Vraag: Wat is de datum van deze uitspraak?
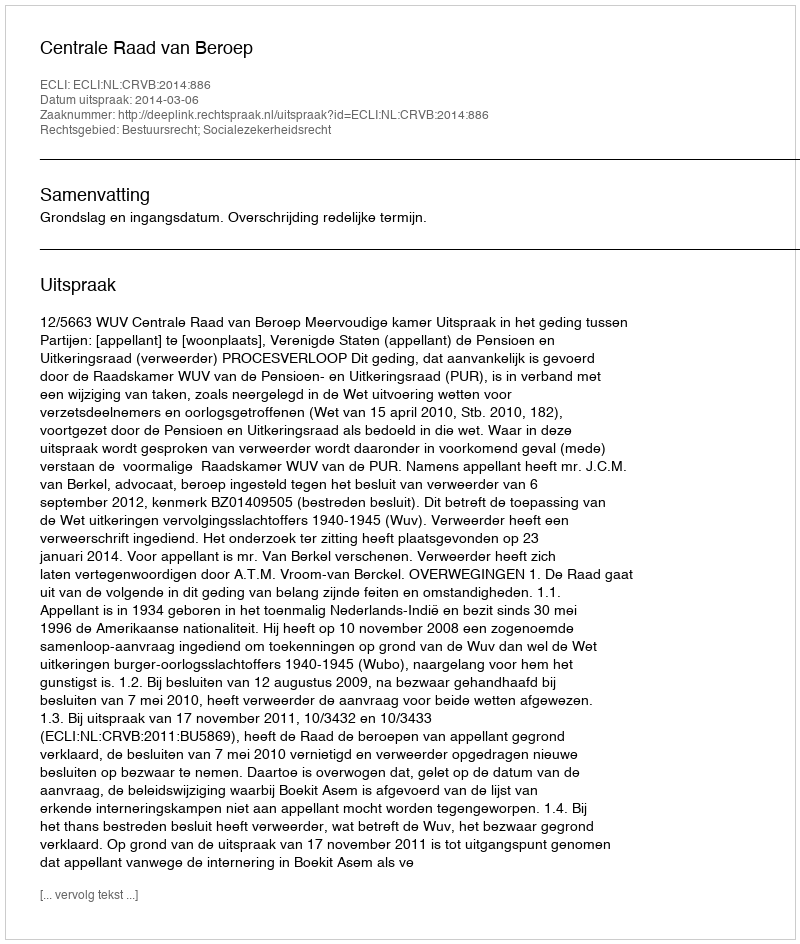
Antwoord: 2014-03-06